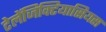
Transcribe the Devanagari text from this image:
टेलेंजिक्टियासियस